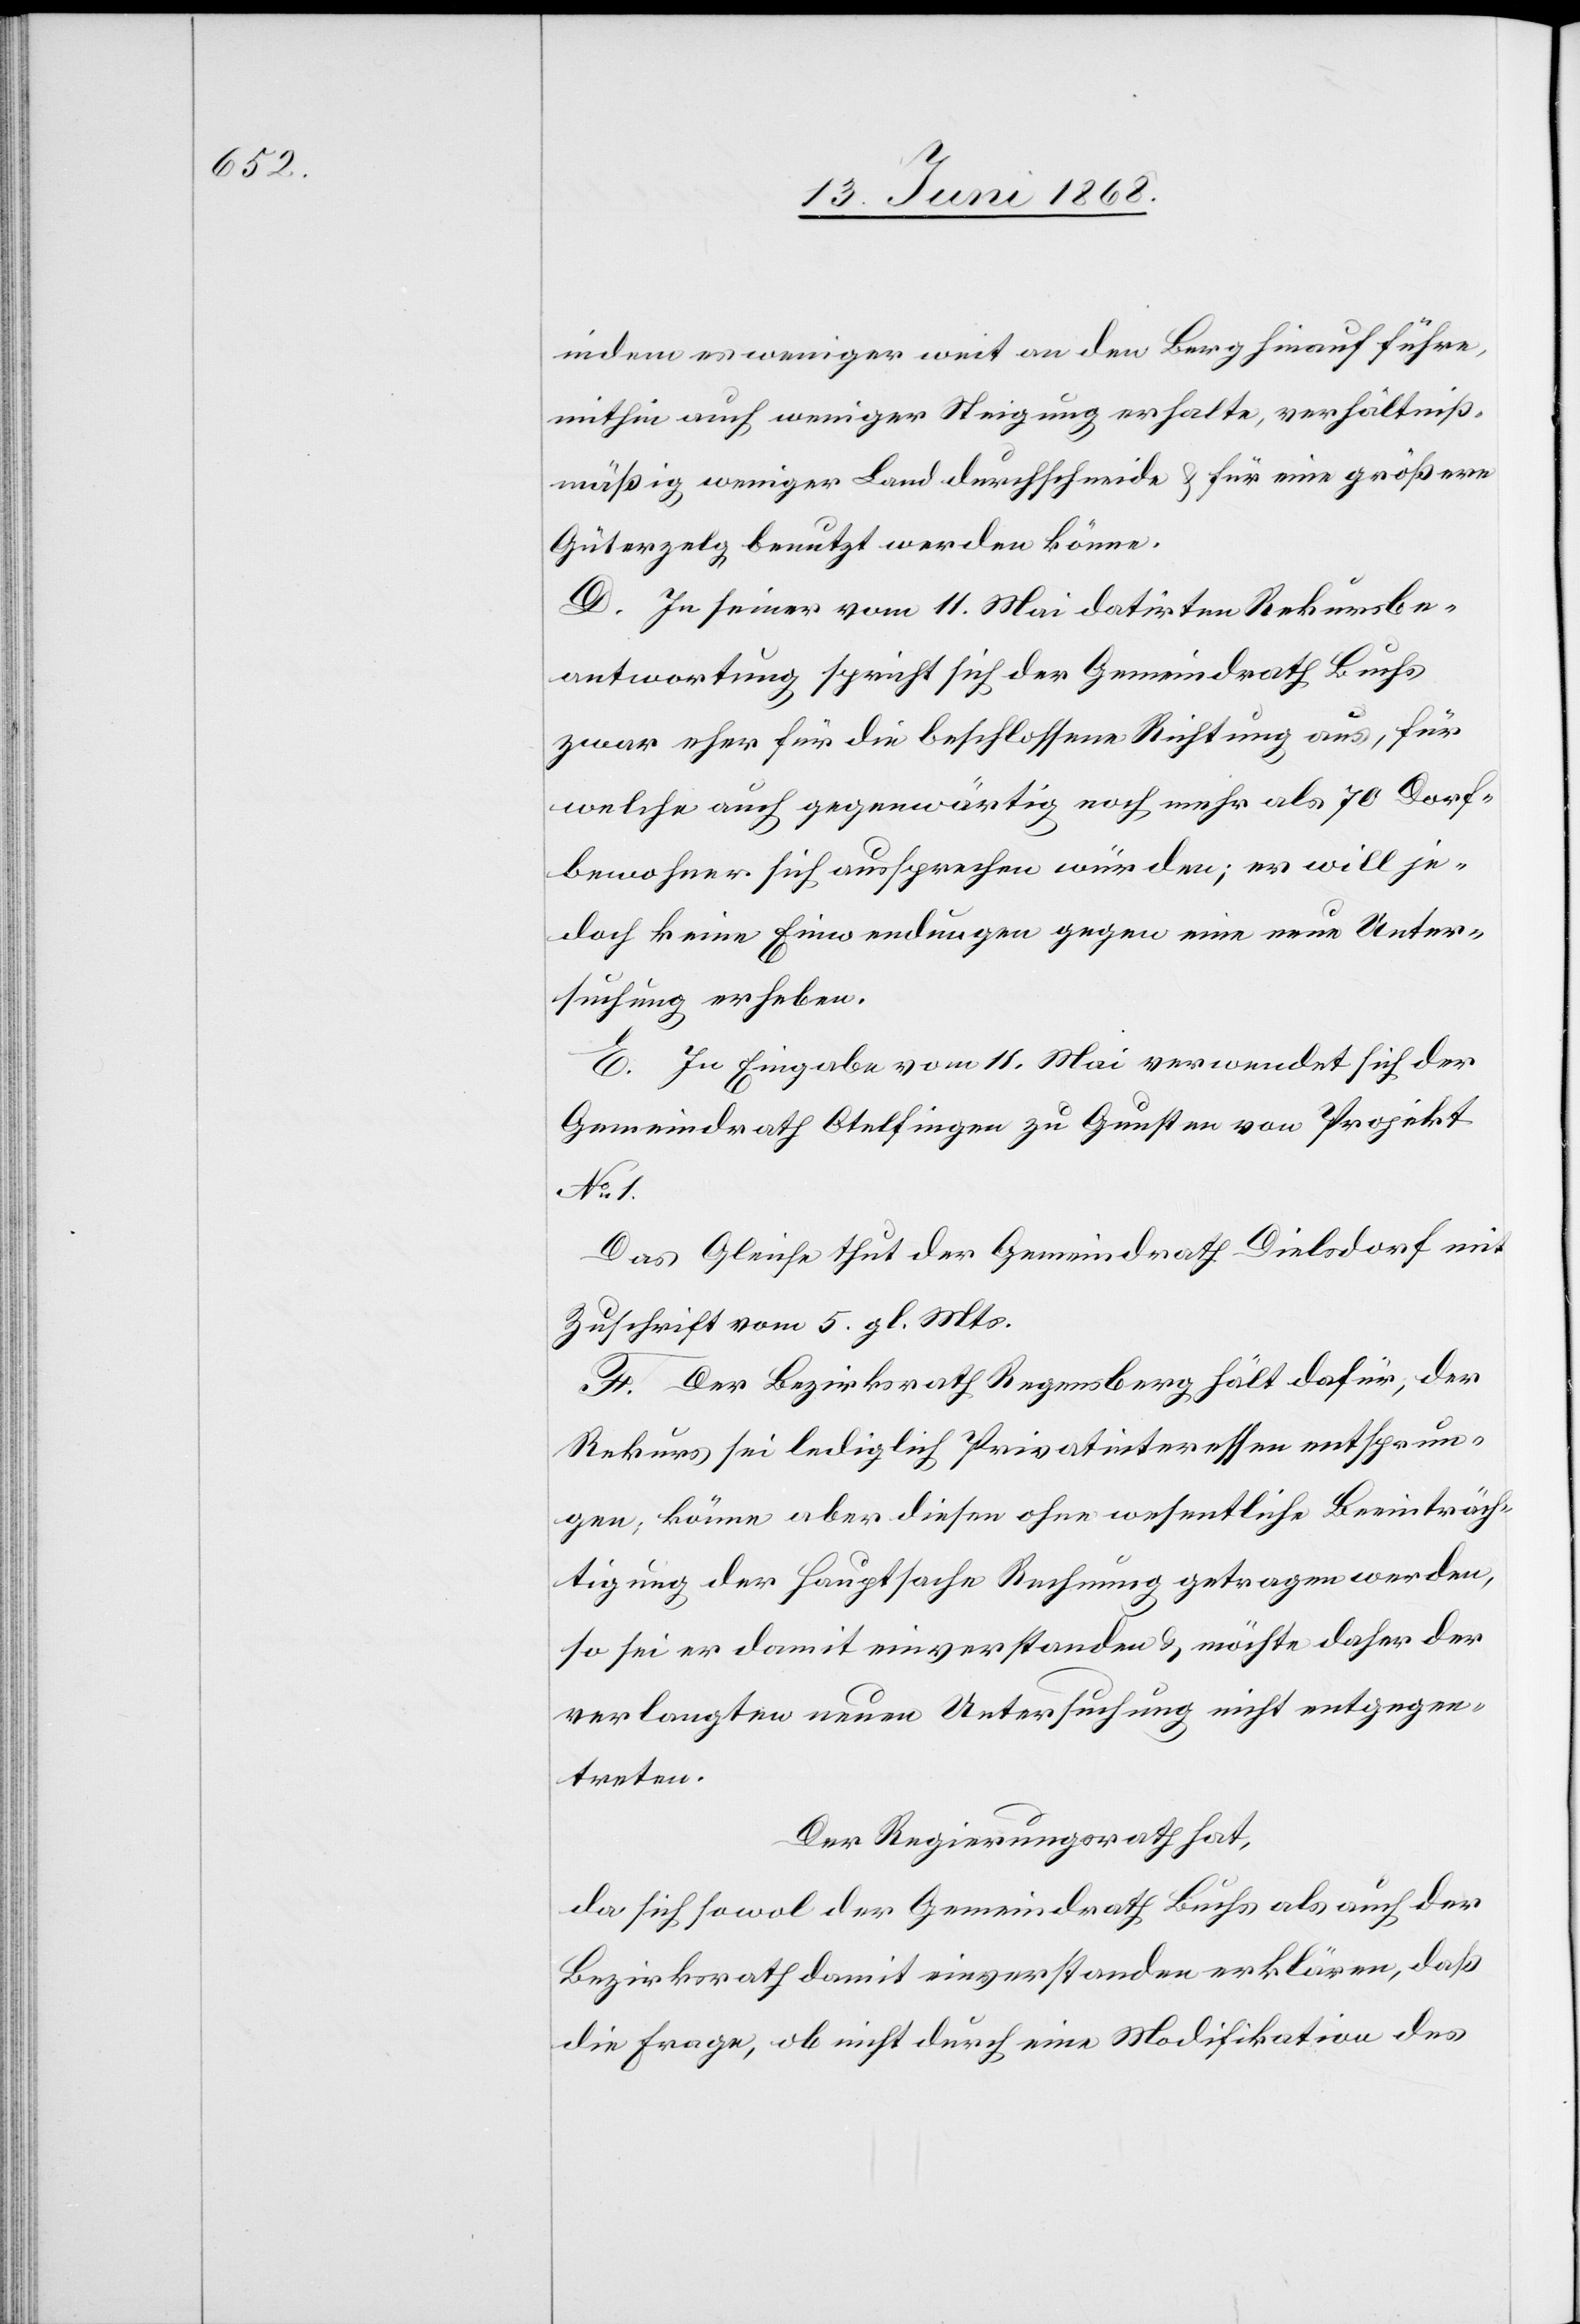
indem es weniger weit an den Berg hinauf führe,
mithin auch weniger Steigung erhalte, verhältniß¬
mäßig weniger Land durchschneide & für eine größere
Güterzelg benutzt werden könne.
D. In seiner vom 11. Mai datirten Rekursbe¬
antwortung spricht sich der Gemeindrath Buchs
zwar eher für die beschlossene Richtung aus, für
welche auch gegenwärtig noch mehr als 70 Dorf¬
bewohner sich aussprechen würden; er will je¬
doch keine Einwendungen gegen eine neue Unter¬
suchung erheben.
E. In Eingabe vom 11. Mai verwendet sich der
Gemeindrath Otelfingen zu Gunsten von Projekt
No 1.
Das Gleiche thut der Gemeindrath Dielsdorf mit
Zuschrift vom 5. gl. Mts.
F. Der Bezirksrath Regensberg hält dafür, der
Rekurs sei lediglich Privatinteressen entsprun¬
gen; könne aber diesen ohne wesentliche Beeinträch¬
tigung der Hauptsache Rechnung getragen werden,
so sei er damit einverstanden & möchte daher der
verlangten neuen Untersuchung nicht entgegen¬
treten.
Der Regierungsrath hat,
da sich sowol der Gemeindrath Buchs als auch der
Bezirksrath damit einverstanden erklären, daß
die Frage, ob nicht durch eine Modifikation des